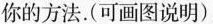
你的方法。(可画图说明)